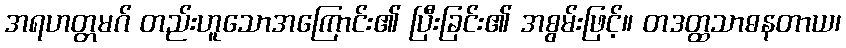
အရဟတ္တမဂ် တည်းဟူသောအကြောင်း၏ ပြီးခြင်း၏ အစွမ်းဖြင့်။ တဒတ္ထသာဓနတာယ၊